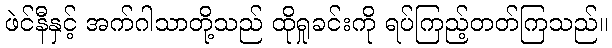
ဖဲင်နီနှင့် အက်ဂါသာတို့သည် ထိုရှုခင်းကို ရပ်ကြည့်တတ်ကြသည်။